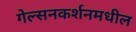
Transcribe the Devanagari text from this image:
गेल्सनकर्शनमधील